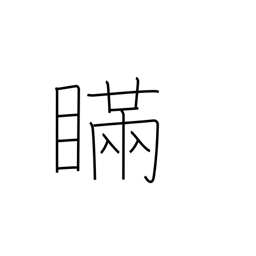
Meaning: deception